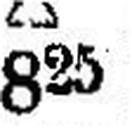
825